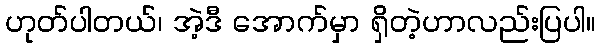
ဟုတ်ပါတယ်၊ အဲ့ဒီ အောက်မှာ ရှိတဲ့ဟာလည်းပြပါ။